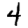
Digit: 4